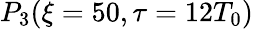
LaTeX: P_{3}(\xi=50,\tau=12T_{0})